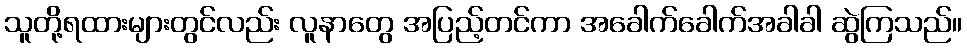
သူတို့ရထားများတွင်လည်း လူနာတွေ အပြည့်တင်ကာ အခေါက်ခေါက်အခါခါ ဆွဲကြသည်။